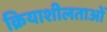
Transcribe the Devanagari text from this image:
क्रियाशीलताओं